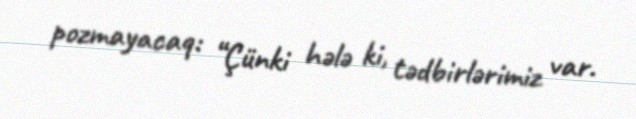
pozmayacaq: “Çünki hələ ki, tədbirlərimiz var.